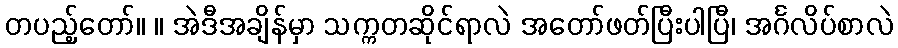
တပည့်တော်။ ။ အဲဒီအချိန်မှာ သက္ကတဆိုင်ရာလဲ အတော်ဖတ်ပြီးပါပြီ၊ အင်္ဂလိပ်စာလဲ